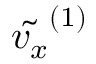
\tilde { v _ { x } } ^ { ( 1 ) }